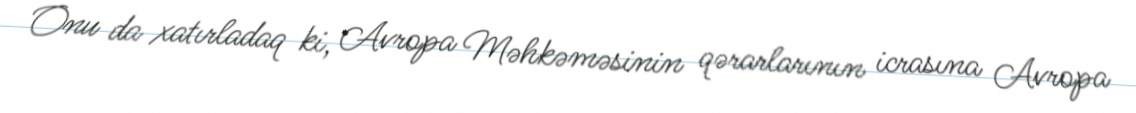
Onu da xatırladaq ki, Avropa Məhkəməsinin qərarlarının icrasına Avropa